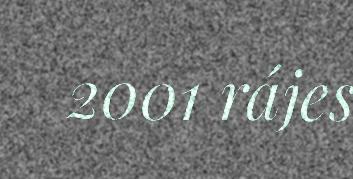
2001 rájes